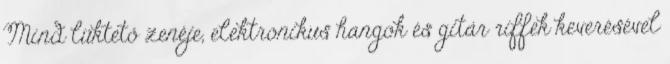
Mind lüktető zenéje, elektronikus hangok és gitár riffek keverésével